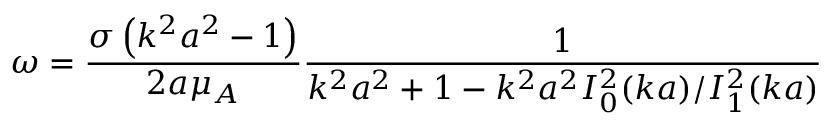
\omega = { \frac { \sigma \left( k ^ { 2 } a ^ { 2 } - 1 \right) } { 2 a \mu _ { A } } } { \frac { 1 } { k ^ { 2 } a ^ { 2 } + 1 - k ^ { 2 } a ^ { 2 } I _ { 0 } ^ { 2 } ( k a ) / I _ { 1 } ^ { 2 } ( k a ) } }